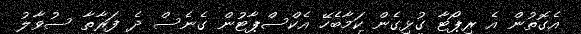
އެގޮތުން އެ ރިޕޯޓާ ގުޅިގެން ކަމާބެހޭ އެކްސްޕާޓުން ގެނެސް ދެ ފަރާތާ ސުވާލު